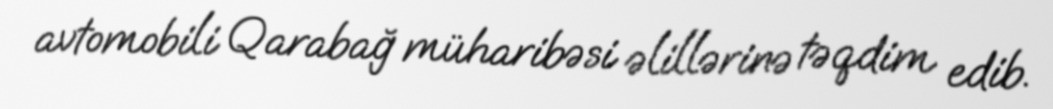
avtomobili Qarabağ müharibəsi əlillərinə təqdim edib.